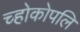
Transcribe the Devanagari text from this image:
च्होकोपलि